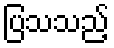
ပြသသည့်